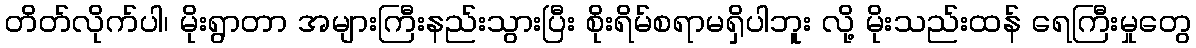
တိတ်လိုက်ပါ၊ မိုးရွာတာ အများကြီးနည်းသွားပြီး စိုးရိမ်စရာမရှိပါဘူး လို့ မိုးသည်းထန် ရေကြီးမှုတွေ